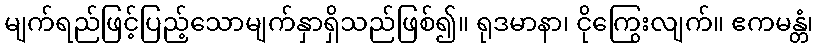
မျက်ရည်ဖြင့်ပြည့်သောမျက်နှာရှိသည်ဖြစ်၍။ ရုဒမာနာ၊ ငိုကြွေးလျက်။ ဧကမန္တံ၊